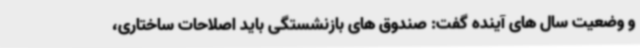
و وضعیت سال های آینده گفت: صندوق های بازنشستگی باید اصلاحات ساختاری،